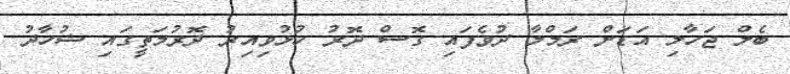
ބެލް ޖަހާލި އަޑަށް ރަމްލާ ދުވެފައި ގޮސް ދޮރު ހުޅުވިއިރު ދޮރުމަތީގައި ޝުހާދު